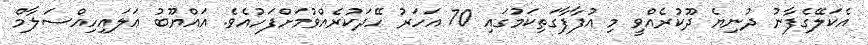
އެކަލޭގެފާނު ދުނިޔެ ދޫކުރެއްވީ މި އުފާފާގަތިކަމުގައި 70 އަހަރު ހޭދަކުރެއްވުމަށްފަހުއެވެ. އައްޔޫބު ޢަލައިހިއްސަލާމް